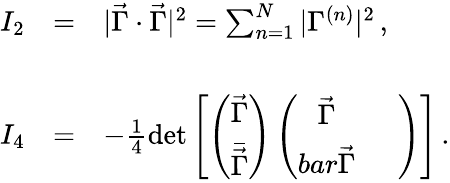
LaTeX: \begin{array}{rcl}{{I_{2}}}&{{=}}&{{|\vec{\Gamma}\cdot\vec{\Gamma}|^{2}=\sum_{n=1}^{N}|\Gamma^{(n)}|^{2}\, ,}}\\ {{}}&{{}}&{{}}\\ {{I_{4}}}&{{=}}&{{-\frac{1}{4}\mathrm{det}\left[\left(\begin{array}{c}{{\vec{\Gamma}}}\\ {{\bar{\vec{\Gamma}}}}\end{array}\right)\left(\begin{array}{cc}{{\vec{\Gamma}}}&{{\ \ }}\\ {{bar{\vec{\Gamma}}}}\end{array}\right)\right]\, .}}\end{array}